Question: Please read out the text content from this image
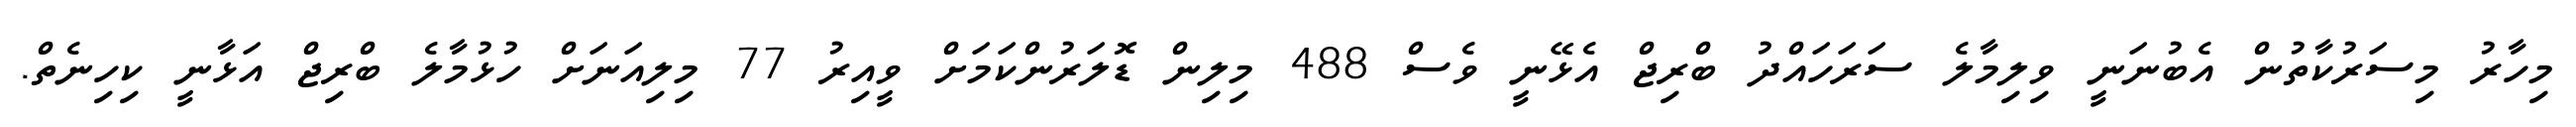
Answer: މިހާރު މިސަރުކާތުން އެބުނަނީ ވިލިމާލެ ސަރަހައްދު ބްރިޖް އެޅޭނީ ވެސް 488 މިލިން ޑޮލަރުންކަމަށް ވީއިރު 77 މިލިއަނަށް ހުޅުމާލެ ބްރިޖް އަޅާނީ ކިހިނެތް.